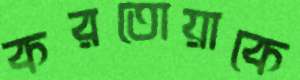
করতোয়াকে